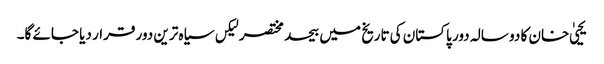
یحییٰ خان کا دو سالہ دور پاکستان کی تاریخ میں بیحد مختصر لیکں سیاہ ترین دور قرار دیا جائے گا۔